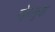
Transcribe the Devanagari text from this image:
व्हेराक्रुझ